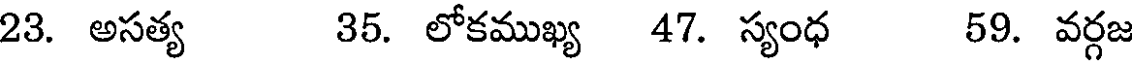
23. అసత్య 35. లోకముఖ్య 47. స్యంధ 59. వర్గజ